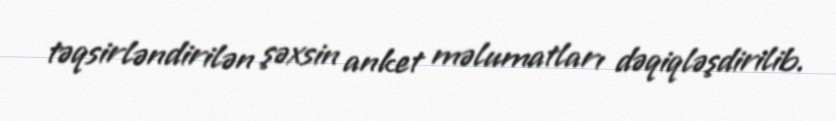
təqsirləndirilən şəxsin anket məlumatları dəqiqləşdirilib.